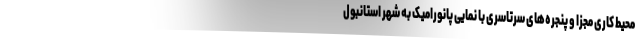
محیط کاری مجزا و پنجره‌های سرتاسری با نمایی پانورامیک به شهر استانبول